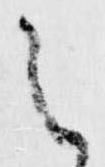
之